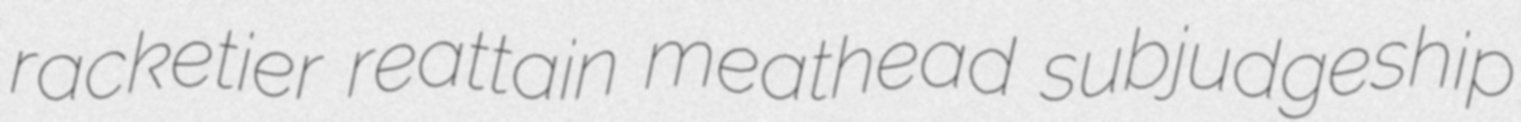
racketier reattain meathead subjudgeship